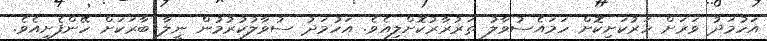
އަހުމަދު ވަރަށް ހަރުކަށިކޮށް ހަމައެސުވާލު ތަރުރާރުކޮށްލިއެވެ. އަހުމަދު ސުވާލުކުރުމުން ނީލާ ބާރަކަށް ހޭންފެށިއެވެ.